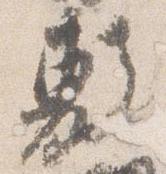
敷